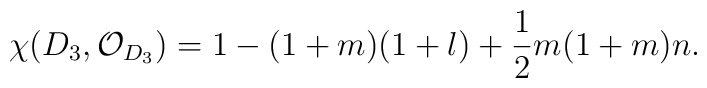
\chi(D_{3},{\cal O}_{D_{3}})=1-(1+m)(1+l)+\frac{1}{2}m(1+m)n.